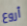
أروع